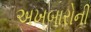
અખબારોની